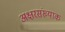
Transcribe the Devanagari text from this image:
अक्षरसंख्याक